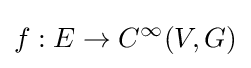
f:E\to C^{\infty }(V,G)